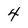
Character: 4